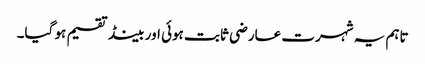
تاہم یہ شہرت عارضی ثابت ہوئی اور بینڈ تقسیم ہو گیا۔